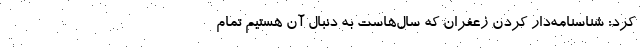
کرد: شناسنامه‌دار کردن زعفران که سال‌هاست به دنبال آن هستیم تمام